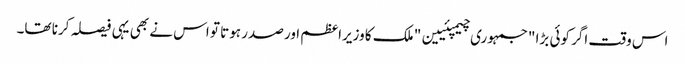
اس وقت اگر کوئی بڑا "جمہوری چیمپئیین" ملک کا وزیراعظم اور صدر ہوتا تو اس نے بھی یہی فیصلہ کرنا تھا۔